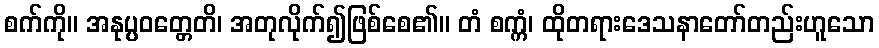
စက်ကို။ အနုပ္ပဝတ္တေတိ၊ အတုလိုက်၍ဖြစ်စေ၏။ တံ စက္ကံ၊ ထိုတရားဒေသနာတော်တည်းဟူသော